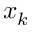
x _ { k }